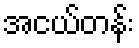
အငယ်တန်း